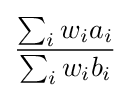
{\frac {\sum _{i}w_{i}a_{i}}{\sum _{i}w_{i}b_{i}}}